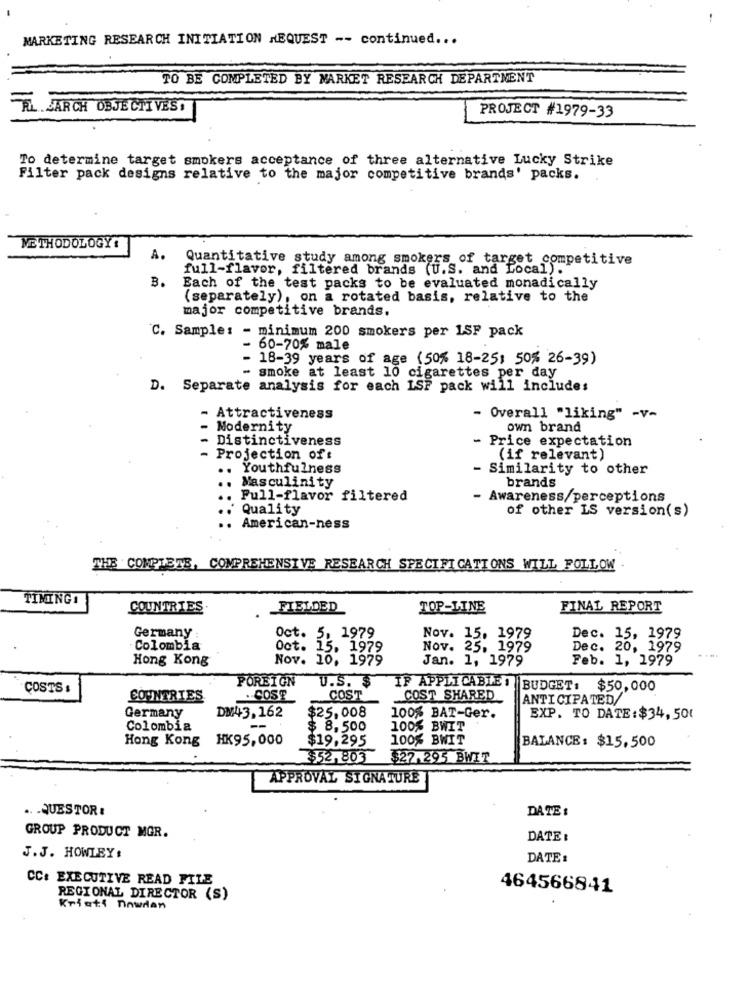
MARKETING RESEARCH INITIATION REQUEST -- continued ...
TO BE COMPLETED BY MARKET RESEARCH DEPARTMENT
FL JARCH OBJECTIVES
PROJECT #1979-33
To determine target smokers acceptance of three alternative Lucky Strike
Filter pack designs relative to the major competitive brands' packs.
METHODOLOGY :
A.
Quantitative study among smokers of target competitive
full-flavor, filtered brands (U.S. and Local).
B.
Each of the test packs to be evaluated monadically
(separately), on a rotated basis, relative to the
major competitive brands.
C. Sample: - minimum 200 smokers per LSF pack
- 60-70% male
- 18-39 years of age (50% 18-25; 50% 26-39)
- smoke at least 10 cigarettes per day
D. Separate analysis for each LSF pack will includes
Attractiveness
- Overall "liking" -v-
-
Modernity
own brand
Distinctiveness
- Price expectation
- Projection of:
(if relevant)
.. Youthfulness
- Similarity to other
Masculinity
brands
..
Full-flavor filtered
- Awareness/perceptions
Quality
of other LS version(s)
American-ness
THE COMPLETE, COMPREHENSIVE RESEARCH SPECIFICATIONS WILL FOLLOW
TIMING1
COUNTRIES
FIELDED
TOP-LINE
FINAL REPORT
1979
Germany
oct.
Nov. 15. 1979
Dec. 15, 1979
Colombia
Oct.
15.
1979
Nov. 25, 1979
Dec. 20, 1979
Hong Kong
Nov. 10, 1979
Jan. 1, 1979
Feb. 1, 1979
POREIGN
IF APPLICABLE!
COSTS
U.S. $
BUDGET: $50,000
COUNTRIES
.. COST
COST
COST SHARED
ANTICIPATED
DM43.162
Germany
$25.008
100% BAT-Ger.
EXP. TO DATE:$34, 50€
Colombia
$ 8,500
100% BWIT
Hong Kong HK95,000
$19,295
100% BWIT
BALANCE: $15,500
$52,803
$27.295 BWIT
APPROVAL SIGNATURE
.. . QUESTOR :
DATE :
GROUP PRODUCT MGR.
DATE :
J.J. HOWLEY:
DATE :
CC: EXECUTIVE READ FILE
464566841
REGIONAL DIRECTOR (S)
Kristi nowdan